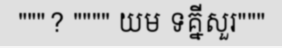
"""? """" យម ទគ្នីសួរ"""